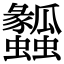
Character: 𤬤